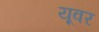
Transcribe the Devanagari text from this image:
यूवर